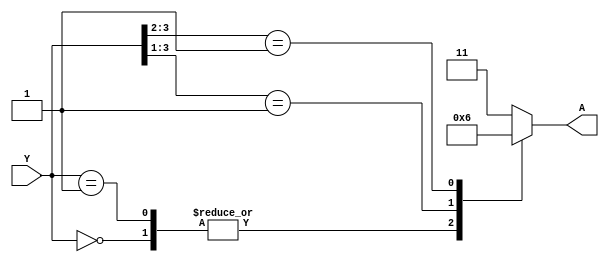
/*
module p_encoder4to2(input [3:0] Y, output [1:0] A);
    assign A[1] = ~Y[3] & Y[2] + Y[3];
    assign A[0] = ~Y[3] & ~Y[2] & Y[1] + Y[3];
endmodule
*/

/*
module p_encoder4to2(input [3:0] Y, output reg [1:0] A);
    always @(*) begin
        if(Y[3] == 1'b1) A = 2'b11;
        else if(Y[2] == 1'b1) A = 2'b10;
        else if(Y[1] == 1'b1) A = 2'b01;
        else if(Y[0] == 1'b1) A = 2'b00;
        else A = 2'b00;;
    end
endmodule
*/
/*
module p_encoder4to2(input [3:0] Y, output reg [1:0] A);
    always @(*) begin
        case (Y)
            4'b0000: A = 2'b00; // Priority 0

            4'b0001: A = 2'b00; // Priority 1

            4'b0010: A = 2'b01; // Priority 2
            4'b0011: A = 2'b01; // Priority 2

            4'b0100: A = 2'b10; // Priority 3
            4'b0101: A = 2'b10; // Priority 3
            4'b0110: A = 2'b10; // Priority 3
            4'b0111: A = 2'b10; // Priority 3
            default: A = 2'b11; // Default, assign highest priority
        endcase 
    end
endmodule
*/

module p_encoder4to2(input [3:0] Y, output reg [1:0] A);
    always @(*) begin
        casex (Y)
            4'b0000: A = 2'b00; // Priority 0

            4'b0001: A = 2'b00; // Priority 1
            4'b001x: A = 2'b01; // Priority 2
            4'b01xx: A = 2'b10; // Priority 3
            default: A = 2'b11; // Default, assign highest priority
        endcase 
    end
endmodule